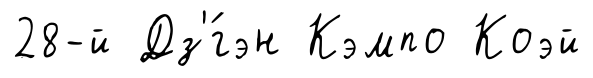
28-й Дз'́гэн Кэмпо Коэй